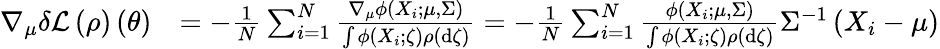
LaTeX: \begin{array}{rl}{\nabla_{\mu}\delta\mathcal{L}\left(\rho\right)\left(\theta\right)}&{=-\frac{1}{N}\sum_{i=1}^{N}\frac{\nabla_{\mu}\phi\left(X_{i};\mu,\Sigma\right)}{\int\phi\left(X_{i};\zeta\right)\rho\left(\mathrm{d}\zeta\right)}=-\frac{1}{N}\sum_{i=1}^{N}\frac{\phi\left(X_{i};\mu,\Sigma\right)}{\int\phi\left(X_{i};\zeta\right)\rho\left(\mathrm{d}\zeta\right)}\Sigma^{-1}\left(X_{i}-\mu\right)}\end{array}